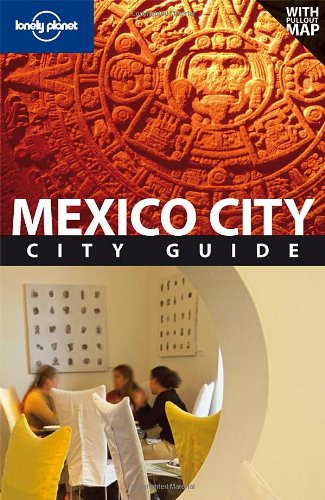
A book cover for Lonely Planet Mexico City (City Travel Guide); Daniel Schechter; Travel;